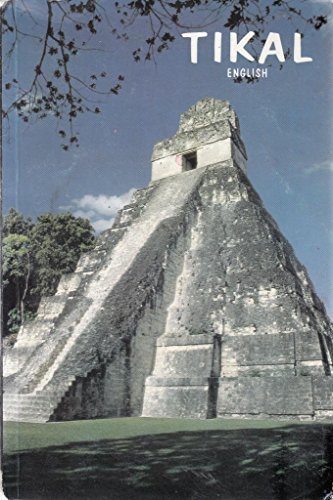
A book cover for Tikal, a handbook of the ancient Maya ruins: With a guide map; William R Coe; Travel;